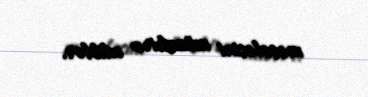
məsələsini müzakirə ediblər.